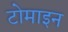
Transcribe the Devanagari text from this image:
टोमाइन